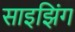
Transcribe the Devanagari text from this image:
साइझिंग